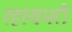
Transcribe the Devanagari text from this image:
रहस्यभरी